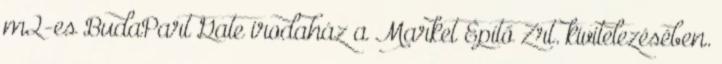
m2-es BudaPart Gate irodaház a Market Építő Zrt. kivitelezésében.